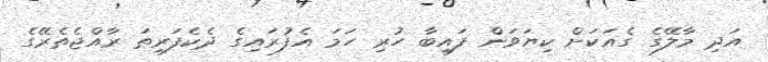
އަދި މާލޭގެ ގެއަކަށް ކިޔަވަން ފައިބާ ހުރި ހަމަ އެފުރައިގެ ދެކެފަރިތަ ރާއްޖެތެރޭގެ